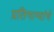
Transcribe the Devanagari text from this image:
प्रतिगाम्यांचे